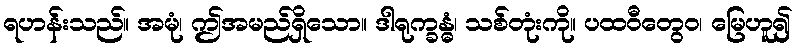
ရဟန်းသည်။ အမုံ၊ ဤအမည်ရှိသော။ ဒါရုက္ခန္ဓံ၊ သစ်တုံးကို။ ပထဝီတွေဝ၊ မြေဟူ၍